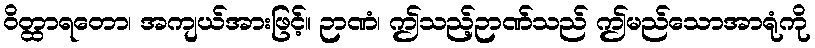
ဝိတ္ထာရတော၊ အကျယ်အားဖြင့်။ ဉာဏံ၊ ဤသည့်ဉာဏ်သည် ဤမည်သောအာရုံကို